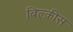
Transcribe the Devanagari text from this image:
बिल्क़ीस